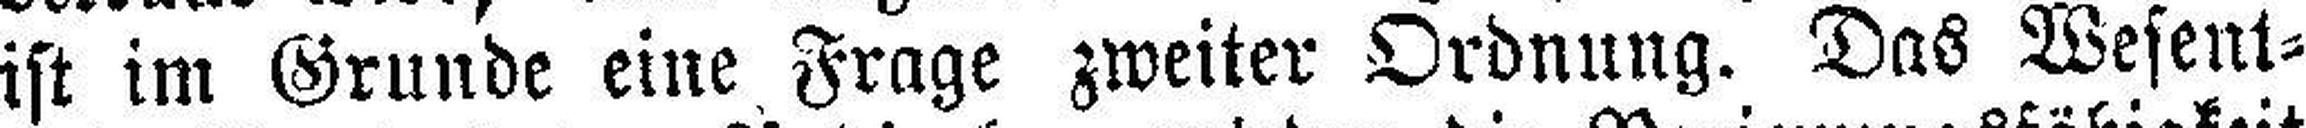
ist im Grunde eine Frage zweiter Ordnung. Das Wesent¬